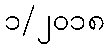
၁/၂၀၁၈